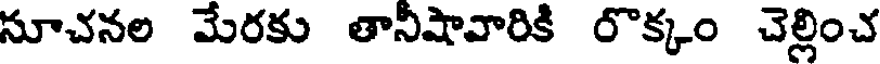
సూచనల మేరకు తానీషావారికి రొక్కం చెల్లించ